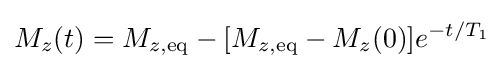
M_{z}(t)=M_{z,\mathrm {eq} }-[M_{z,\mathrm {eq} }-M_{z}(0)]e^{-t/T_{1}}